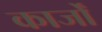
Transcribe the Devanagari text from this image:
कार्जों